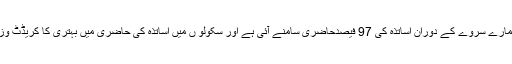
انہوں نے کہا کہ گوجرانوالہ اور نارووال میں ہمارے سروے کے دوران اساتذہ کی 97 فیصدحاضری سامنے آئی ہے اور سکولو ں میں اساتذہ کی حاضری میں بہتری کا کریڈٹ وزیراعلیٰ شہبازشریف اور ان کی ٹیم کو جاتا ہے۔